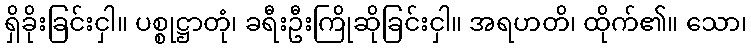
ရှိခိုးခြင်းငှါ။ ပစ္စုဋ္ဌာတုံ၊ ခရီးဦးကြိုဆိုခြင်းငှါ။ အရဟတိ၊ ထိုက်၏။ သော၊